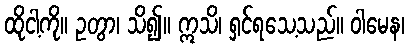
ထိုငါ့ကို။ ဥတွာ၊ သိ၍။ ဣသိ၊ ရှင်ရသေ့သည်။ ဝါမေန၊